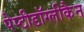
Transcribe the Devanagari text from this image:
पेप्टीडॉग्लीकैन